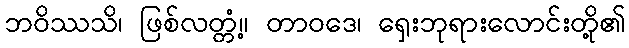
ဘဝိဿသိ၊ ဖြစ်လတ္တံ့။ တာဝဒေ၊ ရှေးဘုရားလောင်းတို့၏